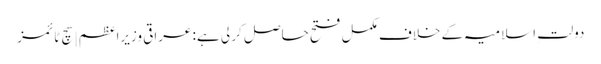
دولتِ اسلامیہ کے خلاف مکمل فتح حاصل کر لی ہے: عراقی وزیراعظم | سچ ٹائمز